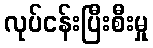
လုပ်ငန်းပြီးစီးမှု